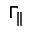
\Gamma _ { \parallel }